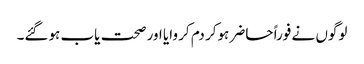
لوگوں نے فوراً حاضر ہوکر دم کر وایا اور صحت یاب ہوگئے۔